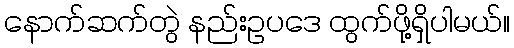
နောက်ဆက်တွဲ နည်းဥပဒေ ထွက်ဖို့ရှိပါမယ်။